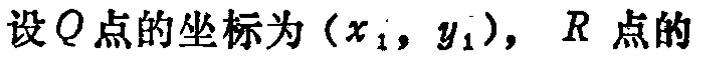
设\(Q\)点的坐标为\((x_{1},y_{1})\)，\(R\)点的